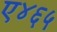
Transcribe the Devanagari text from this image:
ए४६५